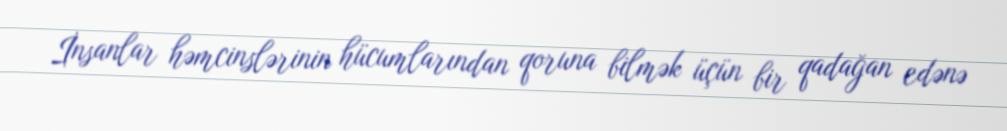
İnsanlar həmcinslərinin hücumlarından qoruna bilmək üçün bir qadağan edənə